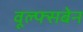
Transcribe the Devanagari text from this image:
वूल्फ्सबेन